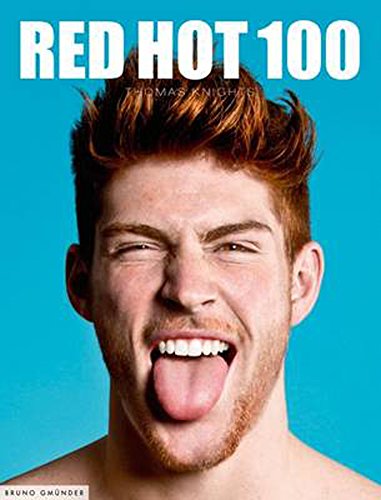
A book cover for Red Hot 100; Arts & Photography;